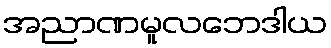
အညာဏမူလဘေဒါယ